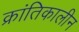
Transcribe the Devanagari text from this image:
क्रांतिकालीन